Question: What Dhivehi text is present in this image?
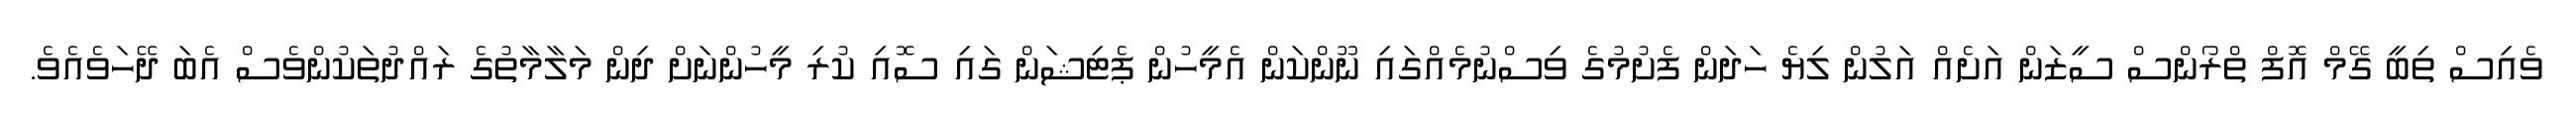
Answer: ވެއިސް ތިބީ ގޭމް އޮފް ތްރޯންސް ސީޒަން އަށެއް އަލުން ލިޔެ ހަދަން ފެށުމުގެ ވިސްނުމެއްގައި ނޫންކަން އެމީހުން ޕެޓިޝަން ގައި ސޮއި ކުރި މީހުންނަށް ދިން މަލާމާތުގެ ރައްދުތަކުންވެސް އެބަ ދޭހަވެއެވެ.